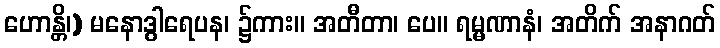
ဟောန္တိ၊) မနောဒွါရေပန၊ ၌ကား။ အတီတာ၊ ပေ။ ရမ္မဏာနံ၊ အတိက် အနာဂတ်